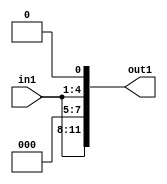
`timescale 1ps / 1ps

// Generated by Cadence Genus(TM) Synthesis Solution 17.11-s014_1
// Generated on: May  4 2021 16:31:22 CST (May  4 2021 08:31:22 UTC)

module DC_Filter_Mul_12U_3_4(in1, out1);
  input [3:0] in1;
  output [11:0] out1;
  wire [3:0] in1;
  wire [11:0] out1;
  assign out1[0] = 1'b0;
  assign out1[1] = in1[0];
  assign out1[2] = in1[1];
  assign out1[3] = in1[2];
  assign out1[4] = in1[3];
  assign out1[5] = 1'b0;
  assign out1[6] = 1'b0;
  assign out1[7] = 1'b0;
  assign out1[8] = in1[0];
  assign out1[9] = in1[1];
  assign out1[10] = in1[2];
  assign out1[11] = in1[3];
endmodule